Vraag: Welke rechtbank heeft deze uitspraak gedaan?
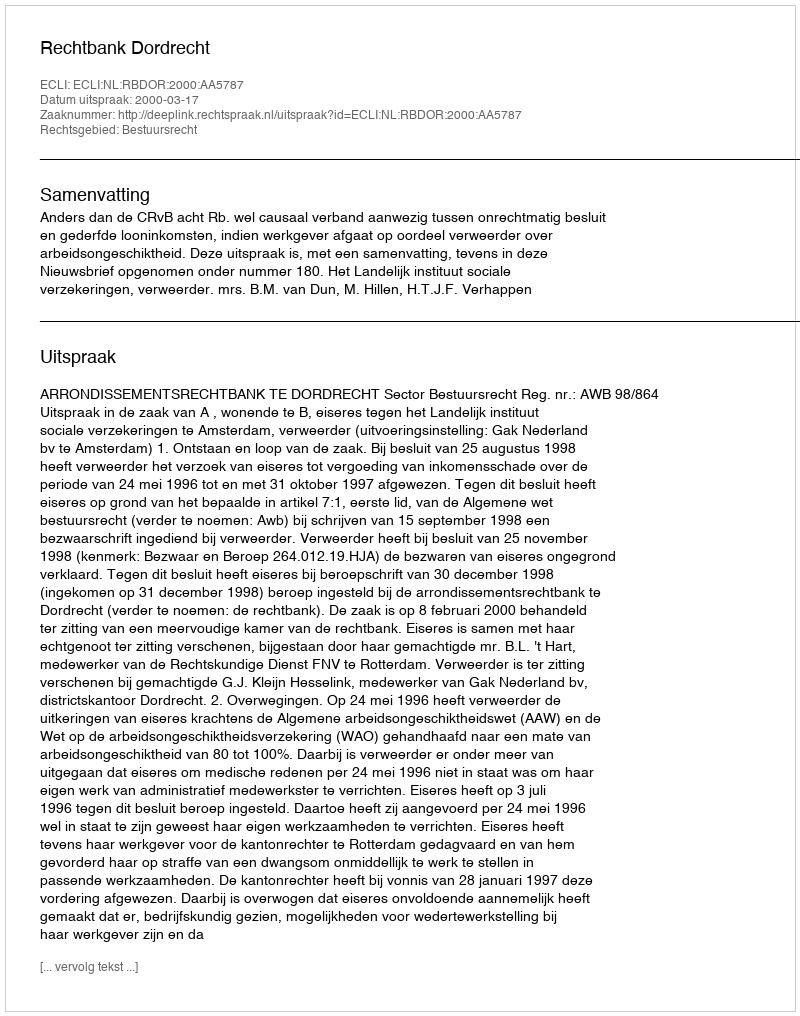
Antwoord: Rechtbank Dordrecht